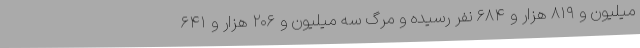
میلیون و ۸۱۹ هزار و ۶۸۴ نفر رسیده و مرگ سه میلیون و ۲۰۶ هزار و ۶۴۱